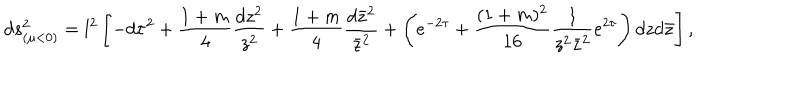
d s _ { ( \mu < 0 ) } ^ { 2 } = l ^ { 2 } \left[ - d \tau ^ { 2 } + \frac { 1 + m } { 4 } \frac { d z ^ { 2 } } { z ^ { 2 } } + \frac { 1 + m } { 4 } \frac { d \bar { z } ^ { 2 } } { \bar { z } ^ { 2 } } + \left( e ^ { - 2 \tau } + \frac { ( 1 + m ) ^ { 2 } } { 1 6 } \frac { 1 } { z ^ { 2 } \bar { z } ^ { 2 } } e ^ { 2 \tau } \right) d z d \bar { z } \right] ,